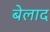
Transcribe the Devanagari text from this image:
बेलाद